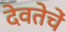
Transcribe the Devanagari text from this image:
देवतेचें